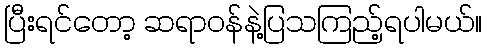
ပြီးရင်တော့ ဆရာဝန်နဲ့ပြသကြည့်ရပါမယ်။